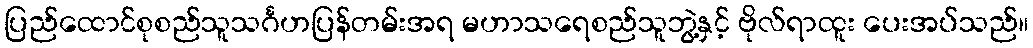
ပြည်ထောင်စုစည်သူသင်္ဂဟပြန်တမ်းအရ မဟာသရေစည်သူဘွဲ့နှင့် ဗိုလ်ရာထူး ပေးအပ်သည်။